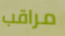
مراقب